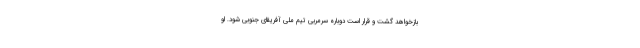
بازخواهد گشت و قرار است دوباره سرمربی تیم ملی آفریقای جنوبی شود. او